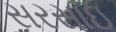
સરસાઇ